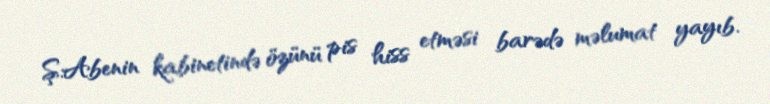
Ş.Abenin kabinetində özünü pis hiss etməsi barədə məlumat yayıb.